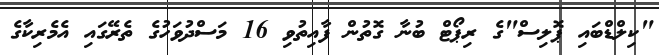
"ކިލްޑްބައި ޕޮލިސް"ގެ ރިޕޯޓް ބުނާ ގޮތުން ފާއިތުވި 16 މަސްދުވަހުގެ ތެރޭގައި އެމެރިކާގެ